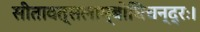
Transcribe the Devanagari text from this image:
सीतावत्सलाम्बोधिचन्द्रः।